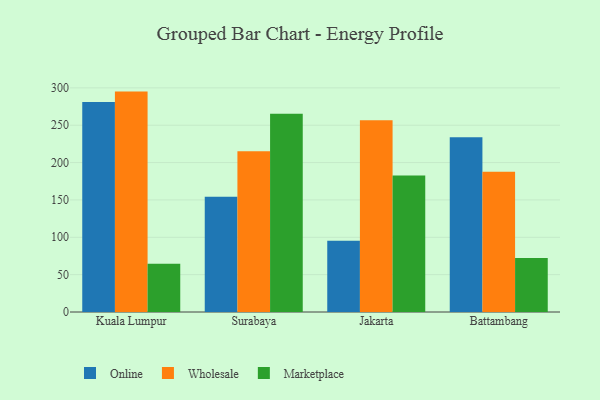
{"axis": {"x": "City", "y": "Operating Costs (USD K)"}, "legend": ["Marketplace", "Online", "Wholesale"], "data": [{"x": "Kuala Lumpur", "y": 281.1, "type": "Online"}, {"x": "Kuala Lumpur", "y": 295.0, "type": "Wholesale"}, {"x": "Kuala Lumpur", "y": 64.6, "type": "Marketplace"}, {"x": "Surabaya", "y": 154.3, "type": "Online"}, {"x": "Surabaya", "y": 215.3, "type": "Wholesale"}, {"x": "Surabaya", "y": 265.4, "type": "Marketplace"}, {"x": "Jakarta", "y": 95.2, "type": "Online"}, {"x": "Jakarta", "y": 256.6, "type": "Wholesale"}, {"x": "Jakarta", "y": 182.8, "type": "Marketplace"}, {"x": "Battambang", "y": 233.9, "type": "Online"}, {"x": "Battambang", "y": 187.8, "type": "Wholesale"}, {"x": "Battambang", "y": 72.2, "type": "Marketplace"}]}